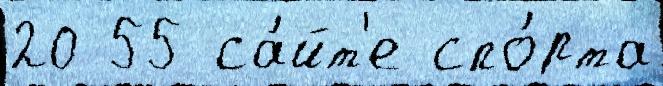
20 55 са́йт'е спо́рта